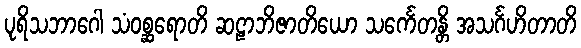
ပုရိသဘာဂေါ သံဝစ္ဆရောတိ ဆဠာဘိဇာတိယော သင်္ကေတန္တိ အသင်္ဂဟိတာတိ